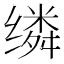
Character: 𬙈